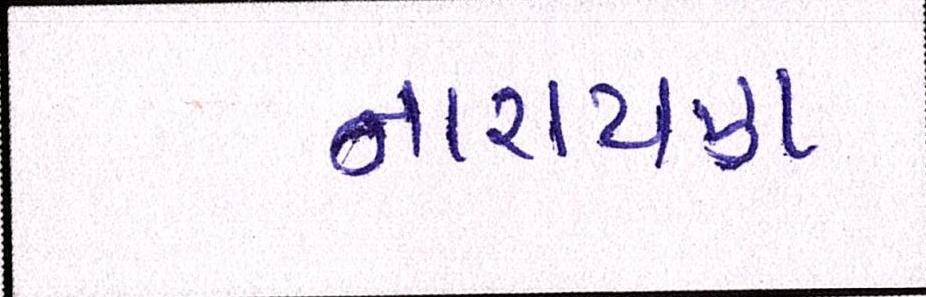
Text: નારાયણ